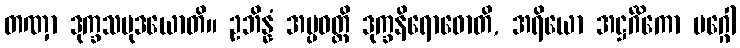
တဏှာ ဒုက္ခသမုဒယောတိ။ ဥဘိန္နံ အပ္ပဝတ္တိ ဒုက္ခနိရောဓောတိ, အရိယော အဋ္ဌင်္ဂိကော မဂ္ဂေါ